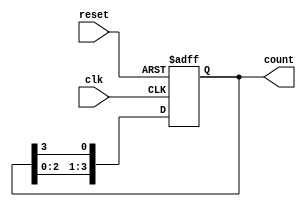
module ring_counter #(
    parameter N = 4  // Number of flip-flops (states)
)(
    input wire clk,     // Clock signal
    input wire reset,   // Asynchronous reset signal
    output reg [N-1:0] count // Output of the ring counter
);

// Always block for the ring counter functionality
always @(posedge clk or posedge reset) begin
    if (reset) begin
        // Initialize the counter to the first state
        count <= 1'b1; // Set the first flip-flop to '1', others to '0'
    end else begin
        // Shift the '1' through the flip-flops
        count <= {count[N-2:0], count[N-1]}; // Rotate the '1' to the next position
    end
end

endmodule